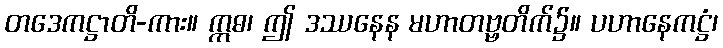
တဒေကဋ္ဌာတိ-ကား။ ဣဓ၊ ဤ ဒဿနေန မဟာတဗ္ဗတိက်၌။ ပဟာနေကဋ္ဌံ၊